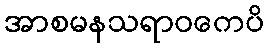
အာစမနသရာဝကေပိ